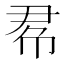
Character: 𢂫